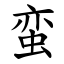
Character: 蛮